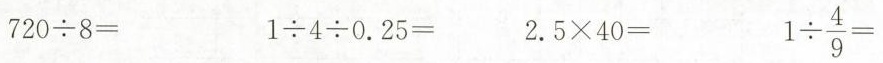
$$720\div8=$$ $$1\div4\div0.25=$$ $42.5 \times40=$$ $$1 \div \frac{4}{9}=$$